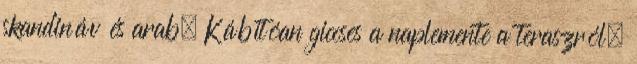
skandináv és arab. Kábítóan giccses a naplemente a teraszról.